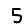
Digit: 5